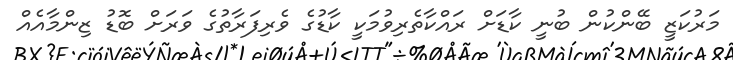
މަރުކަޒީ ބޭންކުން ބުނީ ކާޑަށް ރައްކާތެރިވުމަކީ ކާޑުގެ ވެރިފަރާތުގެ ވަރަށް ބޮޑު ޒިންމާއެއް